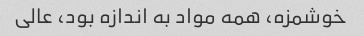
خوشمزه، همه مواد به اندازه بود، عالی